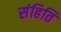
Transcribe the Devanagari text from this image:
संहिति